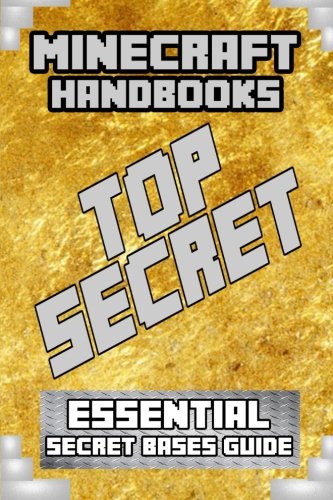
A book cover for Minecraft Handbooks: Essential Secret Bases (Volume 6); Steve Does Minecraft; Children's Books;